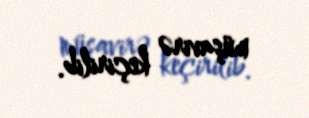
müşavirə keçirilib.